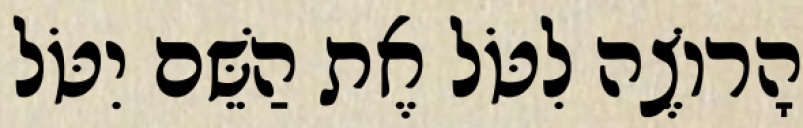
הָרוֹצֶה לִטֹּל אֶת הַשֵּׁם יִטֹּל